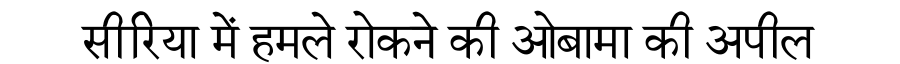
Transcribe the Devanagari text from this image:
सीरिया में हमले रोकने की ओबामा की अपील